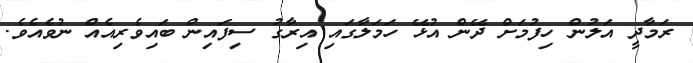
ރަމާދީ އަލުން ހިފުމަށް ދޭން އުޅޭ ހަމަލާގައި އިރާގު ސިފައިން ބައިވެރިއެއް ނުވެއެވެ.